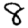
Digit: 8